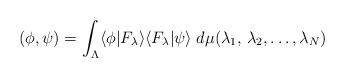
LaTeX: \begin{align*}\left( \phi , \psi \right) = \int_\Lambda \langle \phi | F_\lambda \rangle \langle F_\lambda |\psi\rangle \; d\mu (\lambda_1 ,\, \lambda_2 , \dots ,\lambda_N )\end{align*}